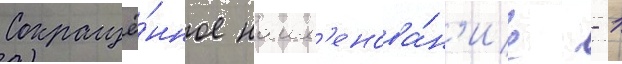
Сокращё́нное наим'енова́н'ие - 1